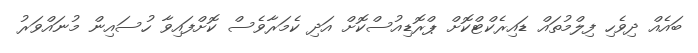
ބައެއް ދިވެހި ފިލްމުތައް ޑައިރެކްޓްކޮށް ޕްރޮޑިއުސްކޮށް އަދި ކެމަރާވެސް ކޮށްފައިވާ ހުސައިން މުނައްވަރު